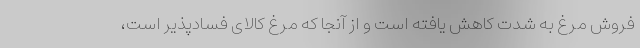
فروش مرغ به شدت کاهش یافته است و از آنجا که مرغ کالای فسادپذیر است،